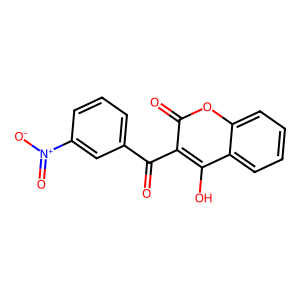
SMILES: O=C(c1cccc([N+](=O)[O-])c1)c1c(O)c2ccccc2oc1=O
Inhibits HIV replication: No